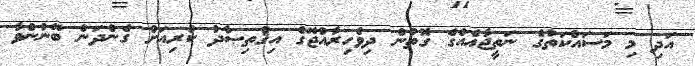
އަދި މި މަސައްކަތުގެ ނަތީޖާއެއްގެ ގޮތުން ދިވެހިރާއްޖޭގެ އިޤްތިޞާދު ކުރިއަށް ގެންދަން ބޭނުންވާ